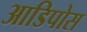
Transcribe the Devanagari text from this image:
आडिपोस